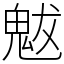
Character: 魃